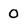
Character: O